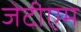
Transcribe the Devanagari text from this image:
जेटीएम